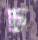
চ